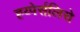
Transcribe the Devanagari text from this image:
ह्य्पेर्सलिसे